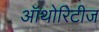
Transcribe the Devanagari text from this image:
ऑथोरिटीज